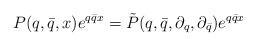
LaTeX: \begin{align*}P(q,\bar{q},x)e^{q\bar{q}x}= \tilde{P}(q,\bar{q},\partial_q,\partial_{\bar{q}})e^{q\bar{q}x}\end{align*}